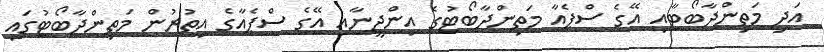
އަދި މަތިންދާބޯޓާއި އޭގެ ސްޕެއާ މަތިންދާބޯޓުގެ އިންޖީނާއި އޭގެ ސްޕެއާގެ އިތުރުން މަތިންދާބޯޓުގައި